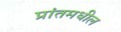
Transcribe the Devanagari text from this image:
प्रांतमधील